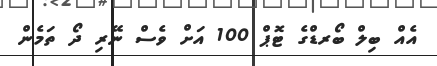
އެއް ބިލް ބޯރޑްގެ ޓޮޕް 100 އަށް ވެސް ނޭރި ދޯ ތަމެން